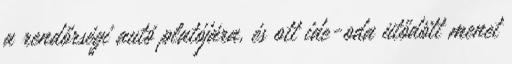
a rendőrségi autó platójára, és ott ide-oda ütődött menet